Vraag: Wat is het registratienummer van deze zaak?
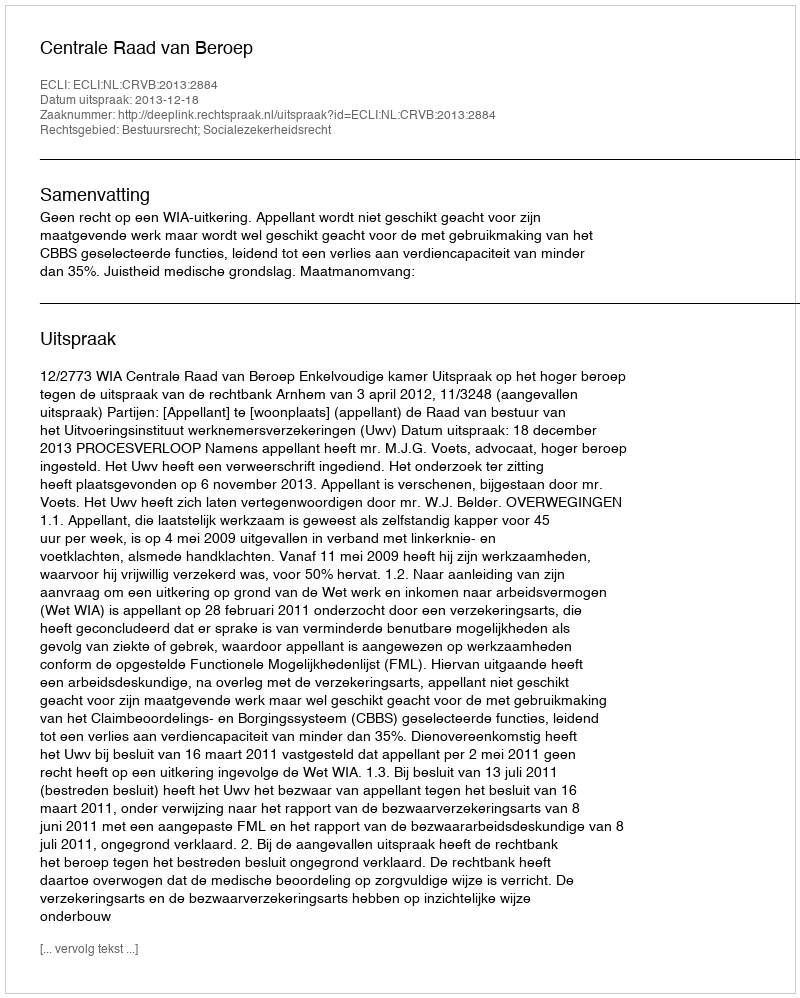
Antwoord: http://deeplink.rechtspraak.nl/uitspraak?id=ECLI:NL:CRVB:2013:2884